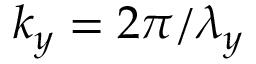
k _ { y } = 2 \pi / \lambda _ { y }